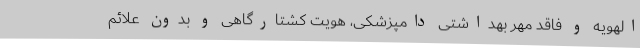
الهویه و فاقد مهر بهداشتی دامپزشکی، هویت‌ کشتارگاهی و بدون علائم